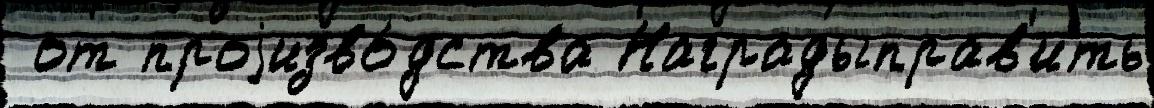
 от проjизво́дства Наградыправ'ить